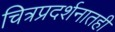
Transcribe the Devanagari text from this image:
चित्रप्रदर्शनातही